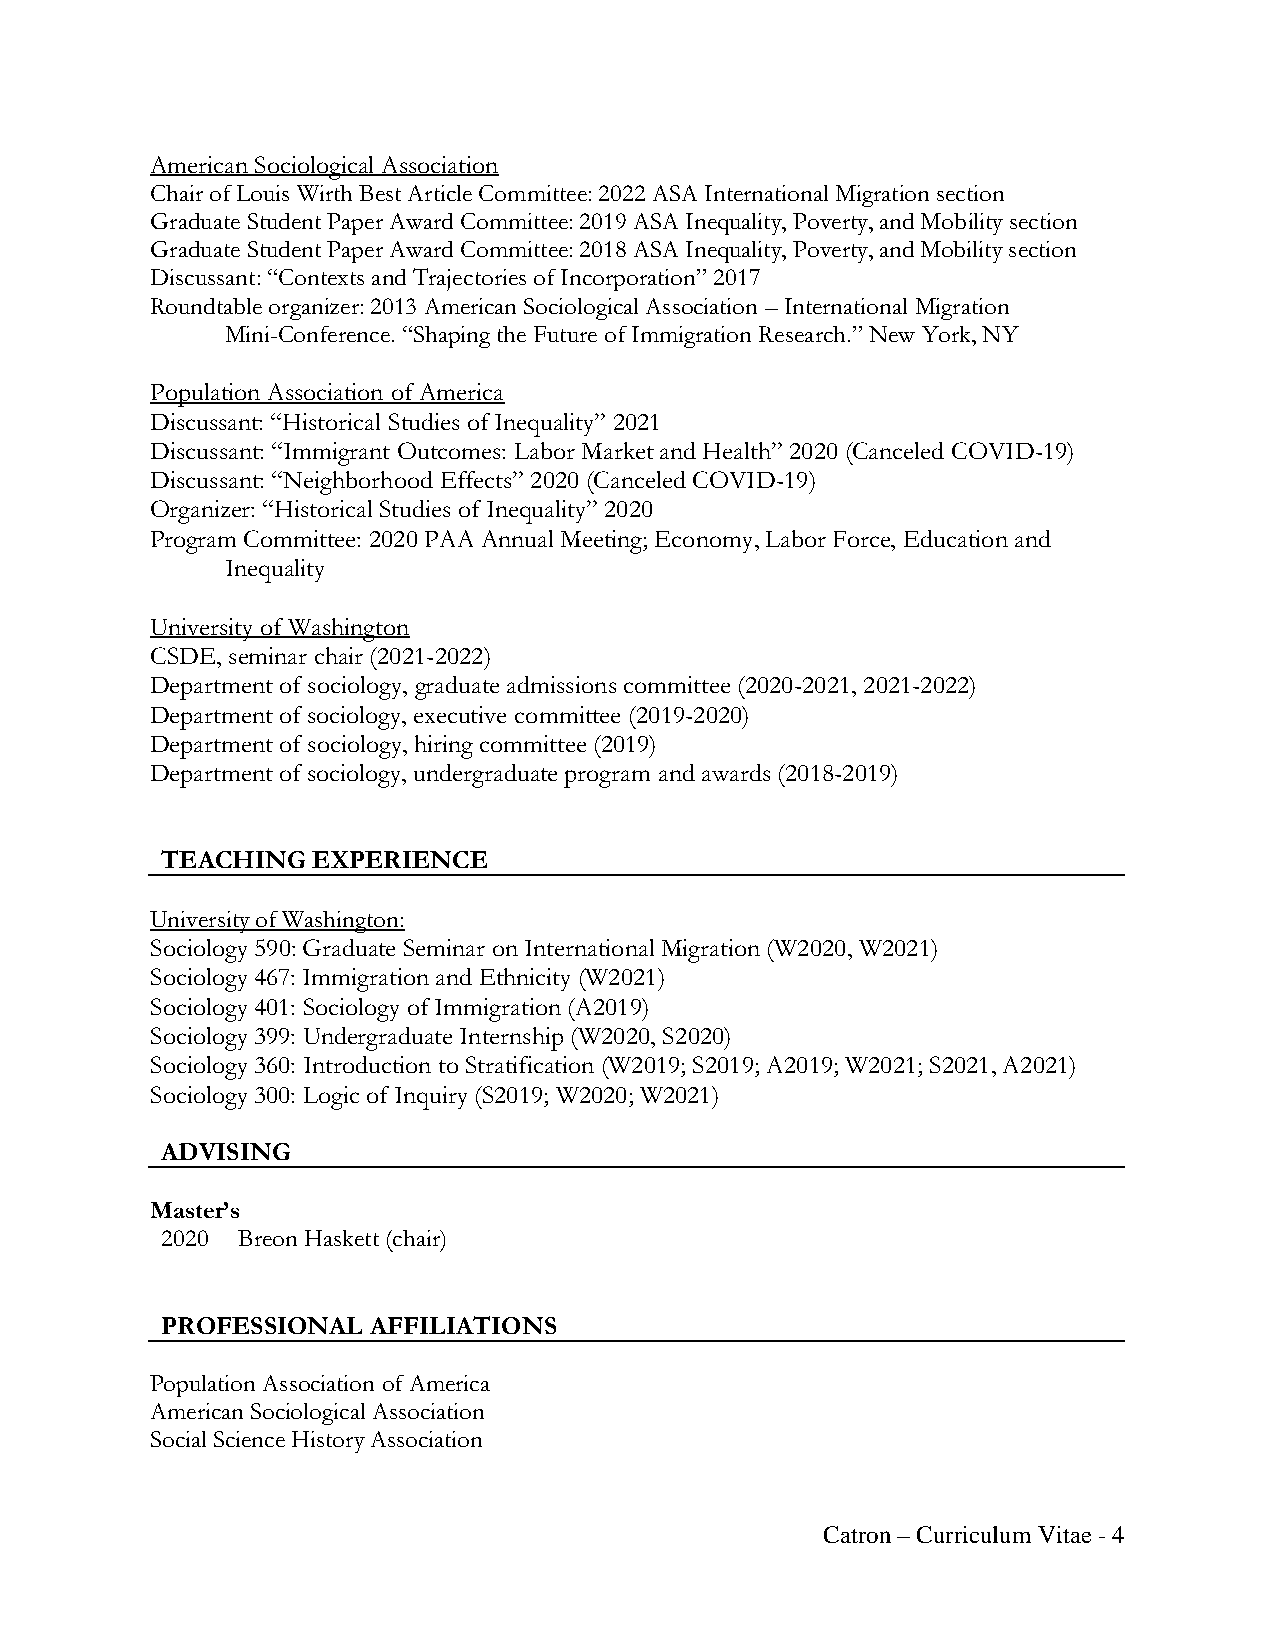
American Sociological Association
 Chair of Louis Wirth Best Article Committee: 2022 ASA International Migration section
 Graduate Student Paper Award Committee: 2019 ASA Inequality, Poverty, and Mobility section
 Graduate Student Paper Award Committee: 2018 ASA Inequality, Poverty, and Mobility section
 Discussant: “Contexts and Trajectories of Incorporation” 2017
 Roundtable organizer: 2013 American Sociological Association – International Migration
 Mini-Conference. “Shaping the Future of Immigration Research.” New York, NY
 Population Association of America
 Discussant: “Historical Studies of Inequality” 2021
 Discussant: “Immigrant Outcomes: Labor Market and Health” 2020 (Canceled COVID-19)
 Discussant: “Neighborhood Effects” 2020 (Canceled COVID-19)
 Organizer: “Historical Studies of Inequality” 2020
 Program Committee: 2020 PAA Annual Meeting; Economy, Labor Force, Education and
 Inequality
 University of Washington
 CSDE, seminar chair (2021-2022)
 Department of sociology, graduate admissions committee (2020-2021, 2021-2022)
 Department of sociology, executive committee (2019-2020)
 Department of sociology, hiring committee (2019)
 Department of sociology, undergraduate program and awards (2018-2019)
 TEACHING  EXPERIENCE
 University of Washington:
 Sociology 590: Graduate Seminar on International Migration (W2020, W2021)
 Sociology 467: Immigration and Ethnicity (W2021)
 Sociology 401: Sociology of Immigration (A2019)
 Sociology 399: Undergraduate Internship (W2020, S2020)
 Sociology 360: Introduction to Stratification (W2019; S2019; A2019; W2021; S2021, A2021)
 Sociology 300: Logic of Inquiry (S2019; W2020; W2021)
 ADVISING
 Master’s
 2020 Breon Haskett (chair)
 PROFESSIONAL AFFILIATIONS
 Population Association of America
 American Sociological Association
 Social Science History Association
 Catron – Curriculum Vitae - 4